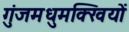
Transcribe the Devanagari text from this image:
गुंजमधुमक्खियों